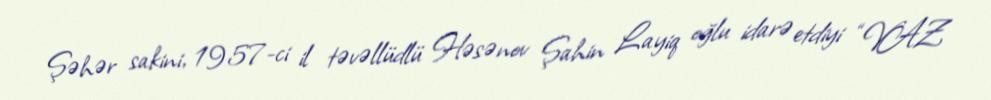
Şəhər sakini, 1957-ci il təvəllüdlü Həsənov Şahin Layiq oğlu idarə etdiyi “VAZ